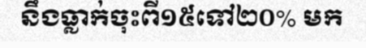
នឹងធ្លាក់ចុះពី១៥ទៅ២០% មក